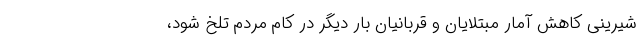
شیرینی کاهش آمار مبتلایان و قربانیان بار دیگر در کام مردم تلخ شود،